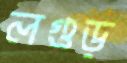
লগুড়